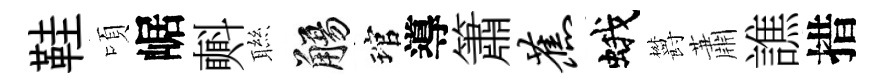
鞋頃崌㪺聮觴琯導簫蕉蛾欝蕭譙措